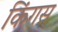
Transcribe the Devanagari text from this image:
किंगस्